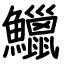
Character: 鱲